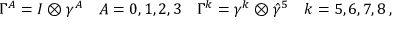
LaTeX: \Gamma ^ { A } = I \otimes \gamma ^ { A } \quad A = 0 , 1 , 2 , 3 \quad \Gamma ^ { k } = \gamma ^ { k } \otimes \hat { \gamma } ^ { 5 } \quad k = 5 , 6 , 7 , 8 \, ,